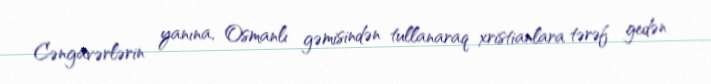
Cəngavərlərin yanına, Osmanlı gəmisindən tullanaraq xristianlara tərəf gedən